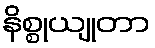
နိစ္စုယျုတာ